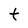
Character: t